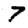
Digit: 7